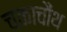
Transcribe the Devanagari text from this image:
चकाचौंथ